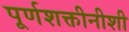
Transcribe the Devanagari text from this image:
पूर्णशक्तीनीशी